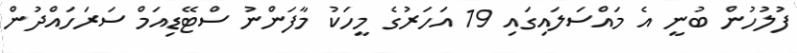
ފުލުހުން ބުނީ އެ މައްސަލައިގައި 19 އަހަރުގެ މީހަކު މާފަންނު ސްޓޭޑިއަމް ސަރަހައްދުން